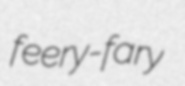
feery-fary